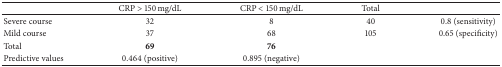
|  | CRP > 150 mg/dL | CRP < 150 mg/dL | Total |  |
 | --- | --- | --- | --- | --- |
 | Severe course | 32 | 8 | 40 | 0.8 (sensitivity) |
 | Mild course | 37 | 68 | 105 | 0.65 (specificity) |
 | Total | 69 | 76 |  |  |
 | Predictive values | 0.464 (positive) | 0.895 (negative) |  |  |